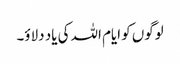
لوگوں کو ایام اللہ کی یاد دلاؤ۔